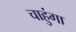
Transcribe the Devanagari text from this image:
चाहुंगा